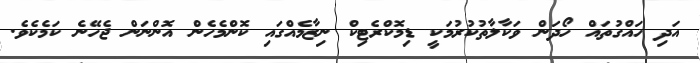
އަދި ހައްގުތައް ހޯދަން ވަކާލާތުކުރުމަކީ ޑިމޮކްރެޓިކް ނިޒާމެއްގައި ކޮންމެހެން އޮންނަން ޖެހޭނެ ކަމެކެވެ.